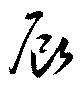
辰